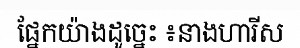
ផ្នែកយ៉ាងដូច្នេះ ៖នាងហារីស